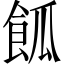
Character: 𩛃